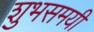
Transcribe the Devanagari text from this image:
शुभसमयी